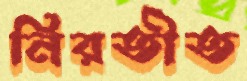
নিরতীত